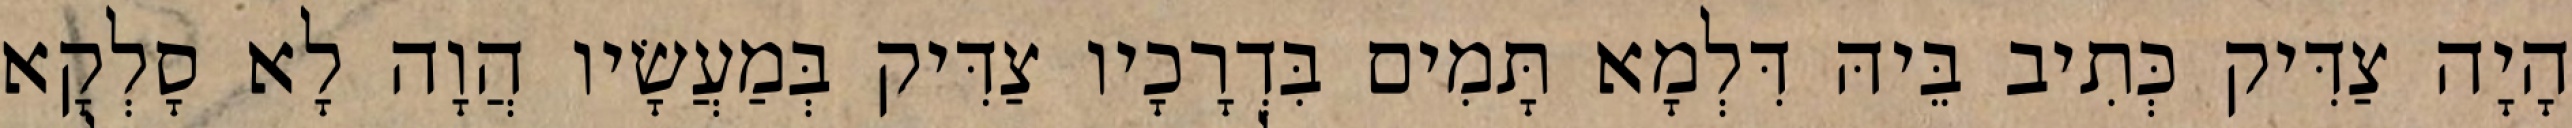
הָיָה צַדִּיק כְּתִיב בֵּיהּ דִּלְמָא תָּמִים בִּדְרָכָיו צַדִּיק בְּמַעֲשָׂיו הֲוָה לָא סָלְקָא